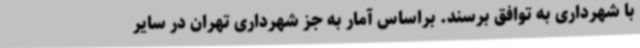
با شهرداری به توافق برسند. براساس آمار به جز شهرداری تهران در سایر